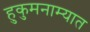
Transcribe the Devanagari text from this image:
हुकुमनाम्यात